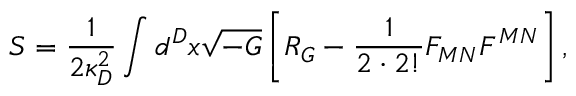
S = { \frac { 1 } { 2 \kappa _ { D } ^ { 2 } } } \int d ^ { D } x \sqrt { - G } \left[ { \cal R } _ { G } - { \frac { 1 } { 2 \cdot 2 ! } } F _ { M N } F ^ { M N } \right] ,